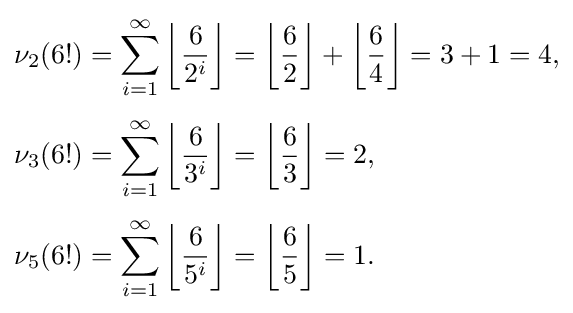
{\begin{aligned}\nu _{2}(6!)&=\sum _{i=1}^{\infty }\left\lfloor {\frac {6}{2^{i}}}\right\rfloor =\left\lfloor {\frac {6}{2}}\right\rfloor +\left\lfloor {\frac {6}{4}}\right\rfloor =3+1=4,\\[3pt]\nu _{3}(6!)&=\sum _{i=1}^{\infty }\left\lfloor {\frac {6}{3^{i}}}\right\rfloor =\left\lfloor {\frac {6}{3}}\right\rfloor =2,\\[3pt]\nu _{5}(6!)&=\sum _{i=1}^{\infty }\left\lfloor {\frac {6}{5^{i}}}\right\rfloor =\left\lfloor {\frac {6}{5}}\right\rfloor =1.\end{aligned}}